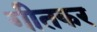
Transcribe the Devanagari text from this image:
गीतकर